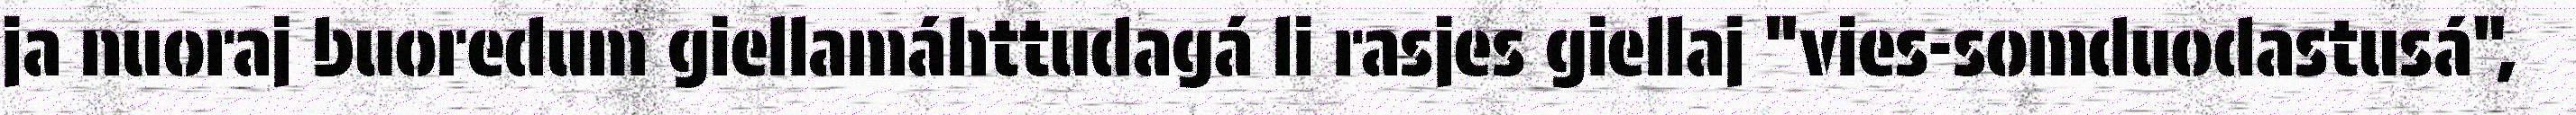
ja nuoraj buoredum giellamáhttudagá li rasjes giellaj "vies-somduodastusá",